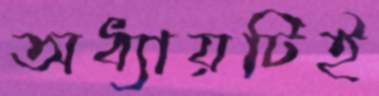
অধ্যায়টিই